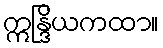
ဣန္ဒြိယကထာ။